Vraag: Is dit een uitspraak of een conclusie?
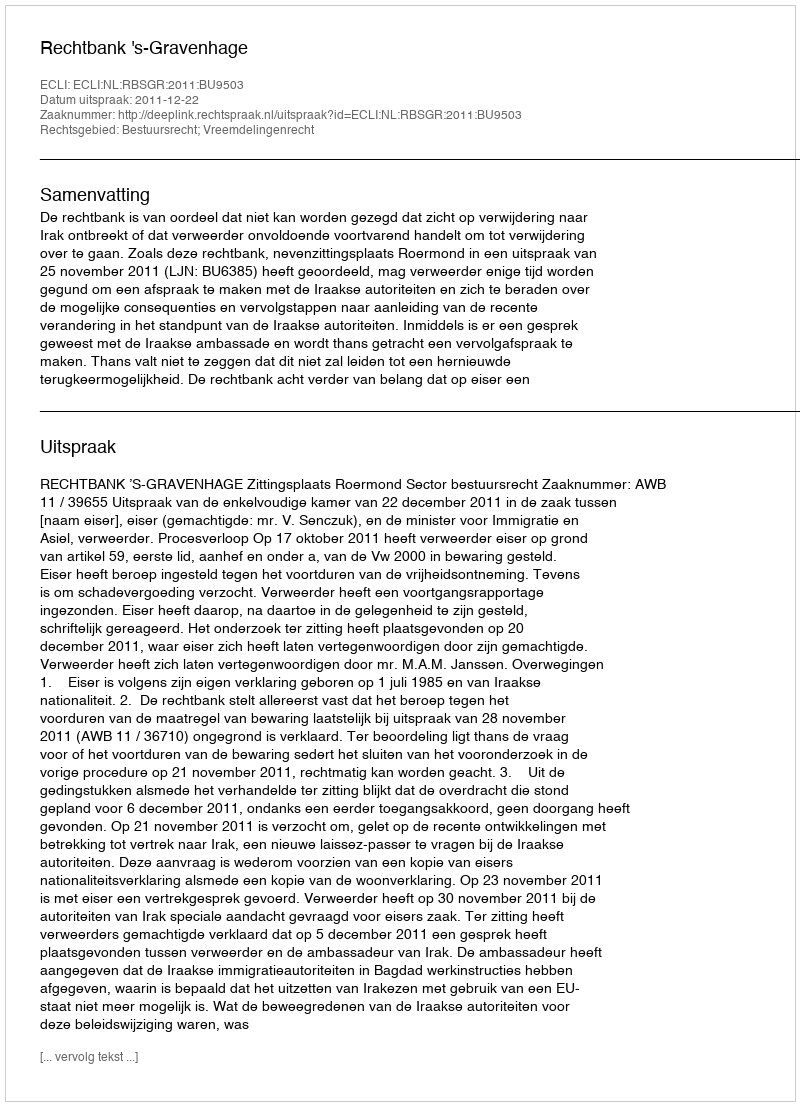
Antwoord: Uitspraak